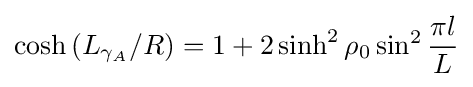
\cosh {(L_{\gamma _{A}}/R)}=1+2\sinh ^{2}\rho _{0}\sin ^{2}{\frac {\pi l}{L}}